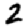
Digit: 2